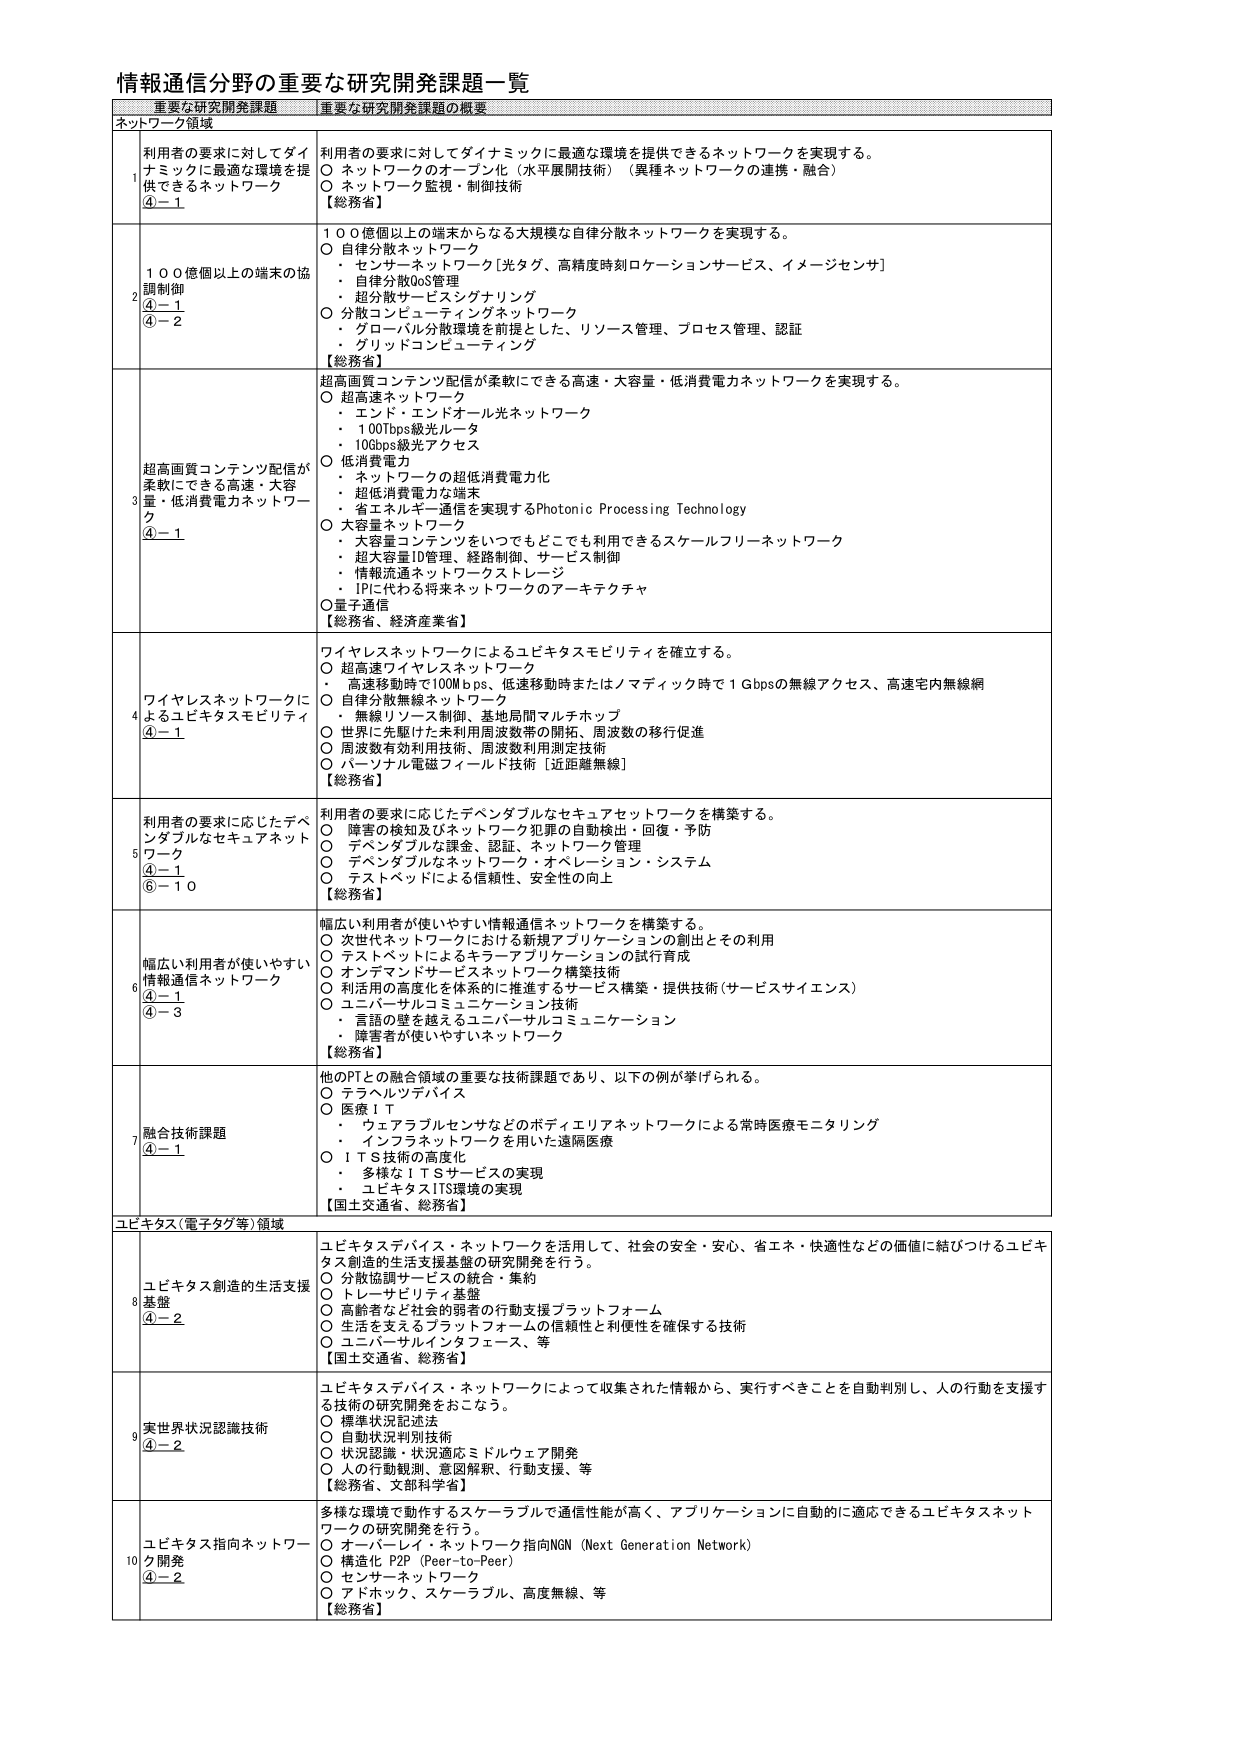
情報通信分野の重要な研究開発課題一覧

重要な研究開発課題　重要な研究開発課題の概要

ネットワーク領域

1
利用者の要求に対してダイナミックに最適な環境を提供できるネットワーク
④－１
利用者の要求に対してダイナミックに最適な環境を提供できるネットワークを実現する。
○ ネットワークのオープン化（水平展開技術）（異種ネットワークの連携・融合）
○ ネットワーク監視・制御技術
【総務省】

2
１００億個以上の端末の協調制御
④－１
④－２
１００億個以上の端末からなる大規模な自律分散ネットワークを実現する。
○ 自律分散ネットワーク
・ センサーネットワーク［光タグ、高精度時刻ロケーションサービス、イメージセンサ］
・ 自律分散QoS管理
・ 超分散サービスナリング
○ 分散コンピューティングネットワーク
・ グローバル分散環境を前提とした、リソース管理、プロセス管理、認証
・ グリッドコンピューティング
【総務省】

3
超高画質コンテンツ配信が柔軟にできる高速・大容量・低消費電力ネットワーク
④－１
超高画質コンテンツ配信が柔軟にできる高速・大容量・低消費電力ネットワークを実現する。
○ 超高速ネットワーク
・ エンド・エンドオール光ネットワーク
・ 100Tbps級光ルータ
・ 10Gbps級光アクセス
○ 低消費電力
・ ネットワークの超低消費電力化
・ 超低消費電力な端末
・ 省エネルギー通信を実現するPhotonic Processing Technology
○ 大容量ネットワーク
・ 大容量コンテンツをいつでもどこでも利用できるスケールフリーネットワーク
・ 超大容量ID管理、経路制御、サービス制御
・ 情報流通ネットワークストレージ
・ IPに代わる将来ネットワークのアーキテクチャ
○量子通信
【総務省、経済産業省】

4
ワイヤレスネットワークによるユビキタスモビリティ
④－１
ワイヤレスネットワークによるユビキタスモビリティを確立する。
○ 超高速ワイヤレスネットワーク
・ 高速移動時で100Mbps、低速移動時またはメデイック時で1Gbpsの無線アクセス、高速宅内無線網
○ 自律分散無線ネットワーク
・ 無線リソース制御、基地局間マルチホップ
○ 世界に先駆けた未利用周波数帯の開拓、周波数の移行促進
○ 周波数有効利用技術、周波数利用測定技術
○ パーソナル電磁フィールド技術［近距離無線］
【総務省】

5
利用者の要求に応じたデベダブルなセキュアネットワーク
④－１
⑥－１０
利用者の要求に応じたデベダブルなセキュアネットワークを構築する。
○ 障害の検知及びネットワーク犯罪の自動検出・回復・予防
○ デベダブルな課金、認証、ネットワーク管理
○ デベダブルなネットワーク・オペレーション・システム
○ テストベッドによる信頼性、安全性の向上
【総務省】

6
幅広い利用者が使いやすい情報通信ネットワーク
④－１
④－３
幅広い利用者が使いやすい情報通信ネットワークを構築する。
○ 次世代ネットワークにおける新規アプリケーションの創出とその利用
○ テストベッドによるキーテクノロジーの試行育成
○ オンデマンドサービスネットワーク構築技術
○ 利活用の高度化を体系的に推進するサービス構築・提供技術（サービスサイエンス）
○ ユニバーサルコミュニケーション技術
・ 言語の壁を越えるユニバーサルコミュニケーション
・ 障害者が使いやすいネットワーク
【総務省】

7
融合技術課題
④－１
他のPTとの融合領域の重要な技術課題であり、以下の例が挙げられる。
○ テラヘルツデバイス
○ 医療ＩＴ
・ ウェアラブルセンサなどのボディエリアネットワークによる常時医療モニタリング
・ インフラネットワークを用いた遠隔医療
○ ＩＴＳ技術の高度化
・ 多様なＩＴＳサービスの実現
・ ユビキタスITS環境の実現
【国土交通省、総務省】

ユビキタス（電子タグ等）領域

8
ユビキタス創造的生活支援基盤
④－２
ユビキタスデバイス・ネットワークを活用して、社会の安全・安心、省エネ・快適性などの価値に結びつけるユビキタス創造的生活支援基盤の研究開発を行う。
○ 分散協調サービスの統合・集約
○ トレーサビリティ基盤
○ 高齢者など社会的弱者の行動支援プラットフォーム
○ 生活を支えるプラットフォームの信頼性と利便性を確保する技術
○ ユニバーサルインタフェース、等
【国土交通省、総務省】

9
実世界状況認識技術
④－２
ユビキタスデバイス・ネットワークによって収集された情報から、実行すべきことを自動判別し、人の行動を支援する技術の研究開発をおこなう。
○ 標準状況記述法
○ 自動状況判別技術
○ 状況認識・状況適応ミドルウェア開発
○ 人の行動観測、意図解釈、行動支援、等
【総務省、文部科学省】

10
ユビキタス指向ネットワーク開発
④－２
多様な環境で動作するスケーラブルで通信性能が高く、アプリケーションに自動的に適応できるユビキタスネットワークの研究開発を行う。
○ オーバーレイ・ネットワーク指向NGN（Next Generation Network）
○ 構造化 P2P（Peer-to-Peer）
○ センサーネットワーク
○ アドホック、スケーラブル、高度無線、等
【総務省】